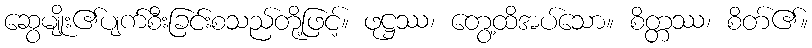
ဆွေမျိုး၏ပျက်စီးခြင်းစသည်တို့ဖြင့်။ ဖုဋ္ဌဿ၊ တွေ့ထိအပ်သော။ စိတ္တဿ၊ စိတ်၏။